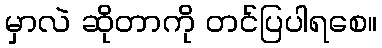
မှာလဲ ဆိုတာကို တင်ပြပါရစေ။